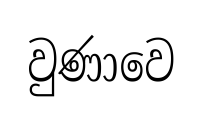
වුණාවෙ